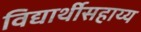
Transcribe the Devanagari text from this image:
विद्यार्थीसहाय्य